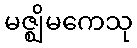
မဇ္ဈိမကေသု